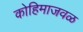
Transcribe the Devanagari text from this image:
कोहिमाजवळ